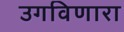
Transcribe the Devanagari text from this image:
उगविणारा